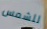
للشمس